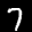
Digit: 7